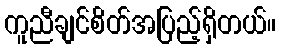
ကူညီချင်စိတ်အပြည့်ရှိတယ်။